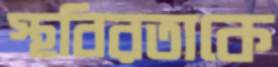
স্থবিরতাকে